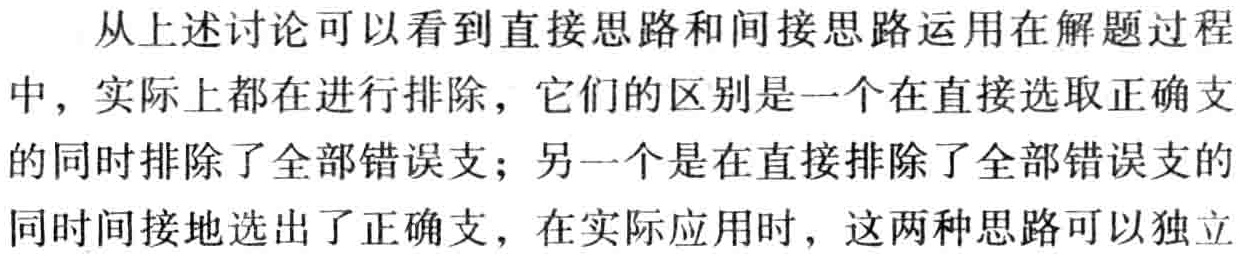
从上述讨论可以看到直接思路和间接思路运用在解题过程中，实际上都在进行排除，它们的区别是一个在直接选取正确支的同时排除了全部错误支；另一个是在直接排除了全部错误支的同时间接地选出了正确支，在实际应用时，这两种思路可以独立